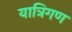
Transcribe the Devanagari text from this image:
यात्रिगण